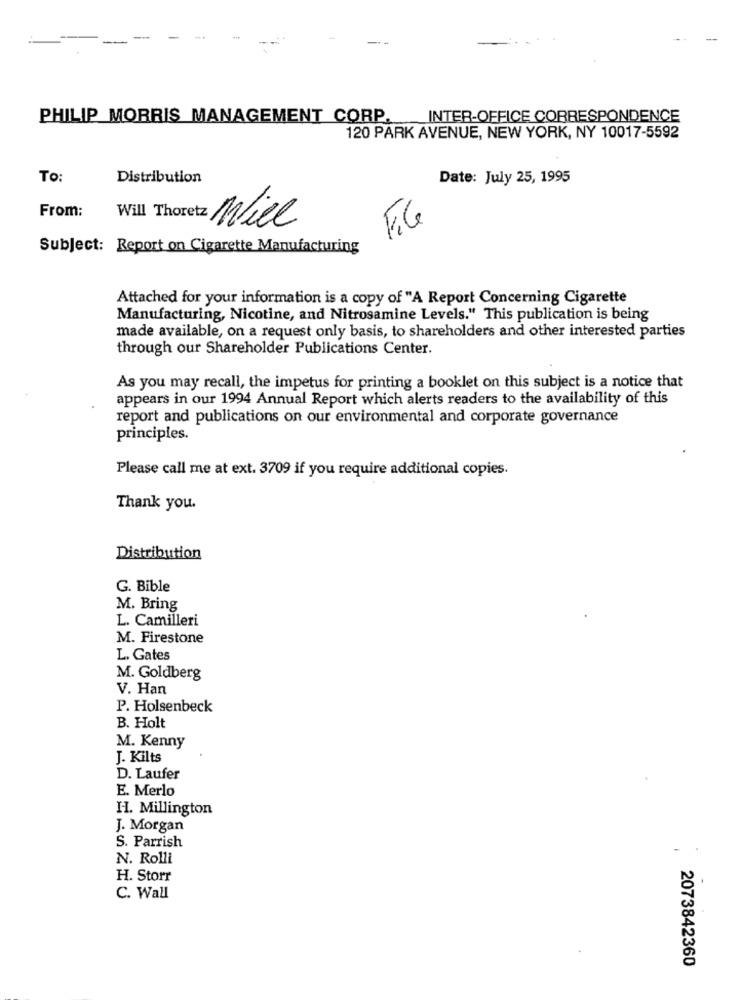
PHILIP MORRIS MANAGEMENT CORP.
INTER-OFFICE CORRESPONDENCE
120 PARK AVENUE, NEW YORK, NY 10017-5592
To:
Distribution
Date: July 25, 1995
From:
Will Thoretz Wice
FIG
Subject: Report on Cigarette Manufacturing
Attached for your information is a copy of "A Report Concerning Cigarette
Manufacturing, Nicotine, and Nitrosamine Levels." This publication is being
made available, on a request only basis, to shareholders and other interested parties
through our Shareholder Publications Center.
As you may recall, the impetus for printing a booklet on this subject is a notice that
appears in our 1994 Annual Report which alerts readers to the availability of this
report and publications on our environmental and corporate governance
principles.
Please call me at ext. 3709 if you require additional copies.
Thank you.
Distribution
G. Bible
M. Bring
L. Camilleri
M. Firestone
L. Gates
M. Goldberg
V. Han
P. Holsenbeck
B. Holt
M. Kenny
J. Kilts
D. Laufer
E. Merlo
H. Millington
J. Morgan
S. Parrish
N. Rolli
H. Storr
C. Wall
2073842360